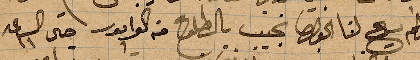
ولم يسمح لنا الخوري نجيب بالطلوع في ال...حتى الساعة ١١